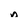
Character: n